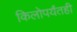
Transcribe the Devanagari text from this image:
किलोपर्यंतही